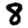
Digit: 8